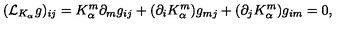
( { \mathcal L } _ { K _ { \alpha } } g ) _ { i j } = K _ { \alpha } ^ { m } \partial _ { m } g _ { i j } + ( \partial _ { i } K _ { \alpha } ^ { m } ) g _ { m j } + ( \partial _ { j } K _ { \alpha } ^ { m } ) g _ { i m } = 0 ,